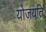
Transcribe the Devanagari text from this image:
योजयति